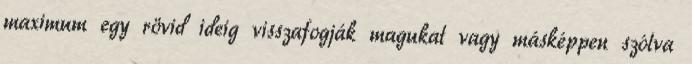
maximum egy rövid ideig visszafogják magukat vagy másképpen szólva